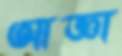
আজ্ঞা